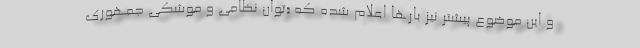
و این موضوع پیشتر نیز بارها اعلام شده که «توان نظامی و موشکی جمهوری